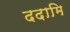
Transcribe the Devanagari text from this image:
ददामि